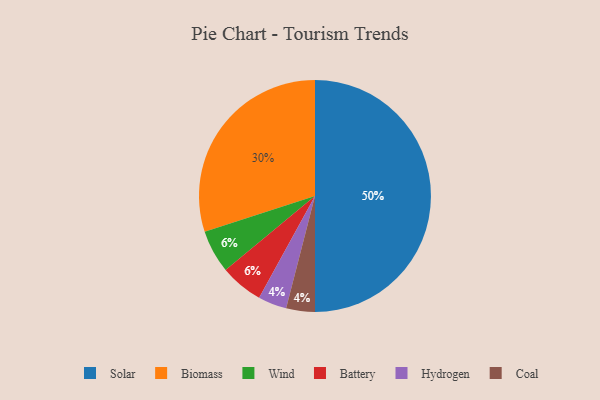
{"axis": {"x": "Category", "y": "Percentage"}, "legend": ["Battery", "Biomass", "Coal", "Hydrogen", "Solar", "Wind"], "data": [{"x": "Wind", "y": 6, "type": "Wind"}, {"x": "Solar", "y": 50, "type": "Solar"}, {"x": "Hydrogen", "y": 4, "type": "Hydrogen"}, {"x": "Biomass", "y": 30, "type": "Biomass"}, {"x": "Battery", "y": 6, "type": "Battery"}, {"x": "Coal", "y": 4, "type": "Coal"}]}